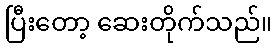
ပြီးတော့ ဆေးတိုက်သည်။